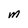
Character: m